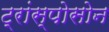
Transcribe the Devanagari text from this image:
ट्रांस्पोसोन